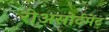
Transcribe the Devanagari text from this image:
रीअसोर्टमेंट